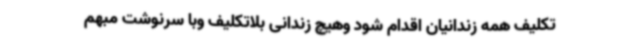
تکلیف همه زندانیان اقدام شود وهیچ زندانی بلاتکلیف وبا سرنوشت مبهم